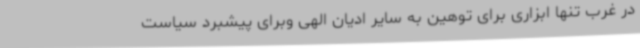
در غرب تنها ابزاری برای توهین به سایر ادیان الهی وبرای پیشبرد سیاست